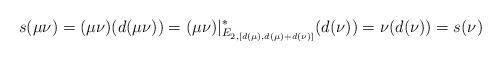
LaTeX: \begin{align*}s(\mu\nu)=(\mu\nu)(d(\mu\nu))=(\mu\nu)|^*_{E_{2,[d(\mu), d(\mu) + d(\nu)]}}(d(\nu))= \nu(d(\nu))=s(\nu)\end{align*}